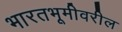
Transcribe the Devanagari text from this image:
भारतभूमीवरील